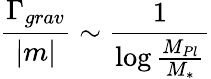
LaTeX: \frac{\Gamma_{grav}}{|m|}\sim\frac{1}{\log\frac{M_{Pl}}{M_{*}}}